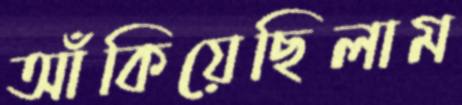
আঁকিয়েছিলাম